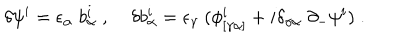
\delta \psi ^ { i } = \epsilon _ { \alpha } \; b _ { \alpha } ^ { i } \; , \; \delta b _ { \alpha } ^ { i } = \epsilon _ { \gamma } \; ( \phi _ { [ \gamma \alpha ] } ^ { i } + i \delta _ { \gamma \alpha } \; \partial _ { - } \psi ^ { i } ) \; .